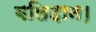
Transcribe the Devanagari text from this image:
बलिदान।